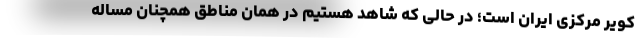
کویر مرکزی ایران است؛ در حالی که شاهد هستیم در همان مناطق همچنان مساله